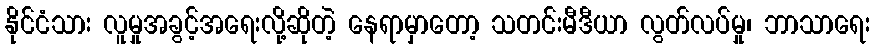
နိုင်ငံသား လူမှုအခွင့်အရေးလို့ဆိုတဲ့ နေရာမှာတော့ သတင်းမီဒီယာ လွတ်လပ်မှု၊ ဘာသာရေး